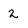
Character: 2